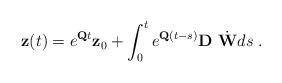
LaTeX: \begin{align*}\mathbf{z}(t)=e^{\mathbf{Q}t}\mathbf{z}_0+\int_0^t e^{\mathbf{Q}(t-s)}\mathbf{D}~\dot{\mathbf{W}} ds \; .\end{align*}